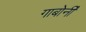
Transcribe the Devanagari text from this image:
गाबोर्नी